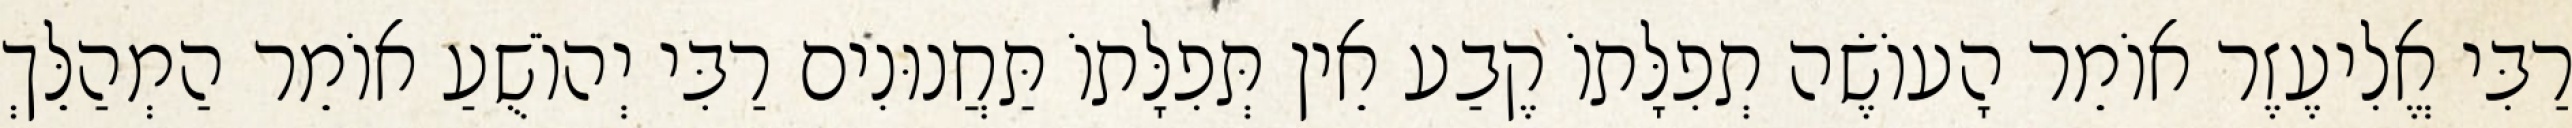
רַבִּי אֱלִיעֶזֶר אוֹמֵר הָעוֹשֶׂה תְפִלָּתוֹ קֶבַע אֵין תְּפִלָּתוֹ תַּחֲנוּנִים רַבִּי יְהוֹשֻׁעַ אוֹמֵר הַמְהַלֵּךְ